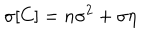
LaTeX: \sigma [ C ] = n \sigma ^ { 2 } + \sigma \eta